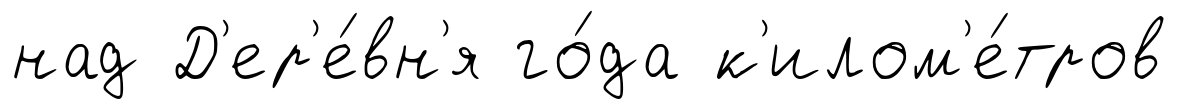
над Д'ер'е́вн'я го́да к'илом'е́тров